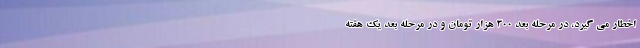
اخطار می گیرد، در مرحله بعد ۳۰۰ هزار تومان و در مرحله بعد یک هفته